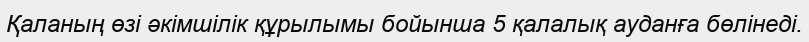
Қаланың өзі әкімшілік құрылымы бойынша 5 қалалық ауданға бөлінеді.